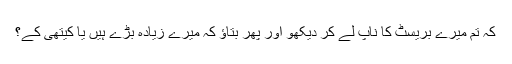
کہ تم میرے بریسٹ کا ناپ لے کر دیکھو اور پھر بتاؤ کہ میرے زیادہ بڑے ہیں یا کیتھی کے؟